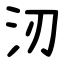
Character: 㲽